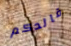
قائدكم